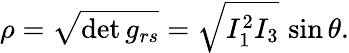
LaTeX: \rho=\sqrt{\operatorname*{det}g_{rs}}=\sqrt{I_{1}^{2}I_{3}}\, \sin\theta.